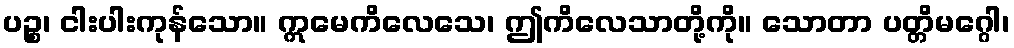
ပဉ္စ၊ ငါးပါးကုန်သော။ ဣမေကိလေသေ၊ ဤကိလေသာတို့ကို။ သောတာ ပတ္တိမဂ္ဂေါ၊